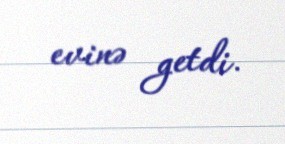
evinə getdi.